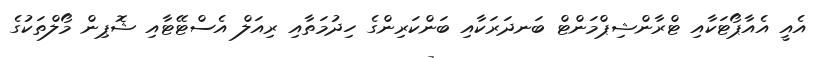
އެއީ އެއާޕޯޓަކާއި ޓްރާންޝިޕްމަންޓް ބަނދަރަކާއި ބަންކަރިންގެ ހިދުމަތާއި ރިއަލް އެސްޓޭޓާއި ޝޮޕިން މޯލްތަކުގެ